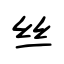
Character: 丝